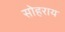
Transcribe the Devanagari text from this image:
सोहराय